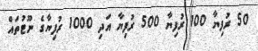
50 ރުފިޔާ 100 ރުފިޔާ 500 ރުފިޔާ އަދި 1000 ރުފިޔާގެ ނޫޓުތައް